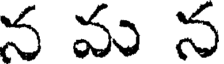
న మ న